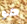
هو